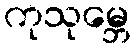
ကုသုမ္ဘေ